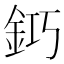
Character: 𨥿